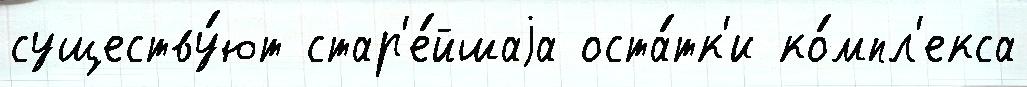
существу́ют стар'е́йшаjа оста́тк'и ко́мпл'екса